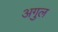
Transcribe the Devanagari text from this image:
अगुल